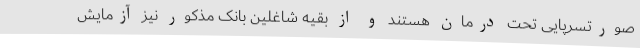
صورتسرپایی تحت درمان هستند و از بقیه شاغلین بانک مذکور نیز آزمایش